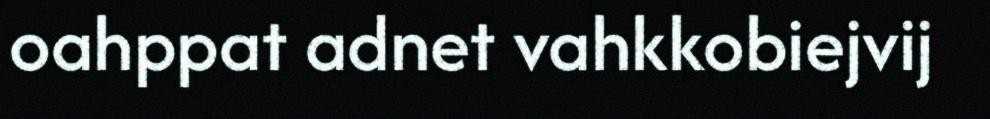
oahppat adnet vahkkobiejvij